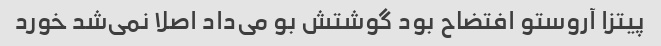
پیتزا آروستو افتضاح بود گوشتش بو می‌داد اصلا نمی‌شد خورد